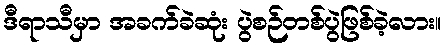
ဒီရာသီမှာ အခက်ခဲဆုံး ပွဲစဉ်တစ်ပွဲဖြစ်ခဲ့လား။